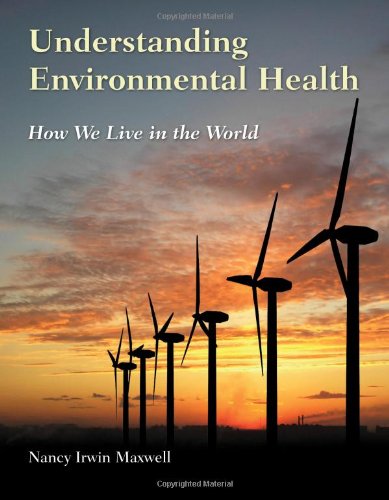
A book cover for Understanding Environmental Health: How We Live in the World; Nancy Irwin Maxwell; Medical Books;